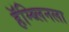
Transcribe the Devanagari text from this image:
हॅम्ब्लिनला